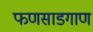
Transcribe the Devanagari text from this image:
फणसाडगाण